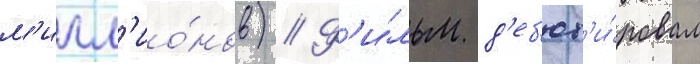
м'илл'ио́нов) // Ф'и́льм д'еб'ют'и́ровал